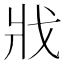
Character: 戕